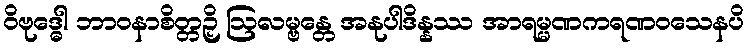
ဝိဗုဒ္ဓေါ ဘာဝနာစိတ္တဉှိ ဩလမ္ဗန္တေ အနုပါဒိန္နဿ အာရမ္မဏကရဏဝသေနပိ